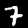
Label: 7